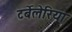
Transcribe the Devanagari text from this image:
टर्बेलेरिया